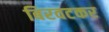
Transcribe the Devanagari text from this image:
बिरवटकर